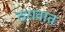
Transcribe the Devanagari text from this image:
ठरावात